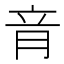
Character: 𦚏